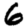
Digit: 6